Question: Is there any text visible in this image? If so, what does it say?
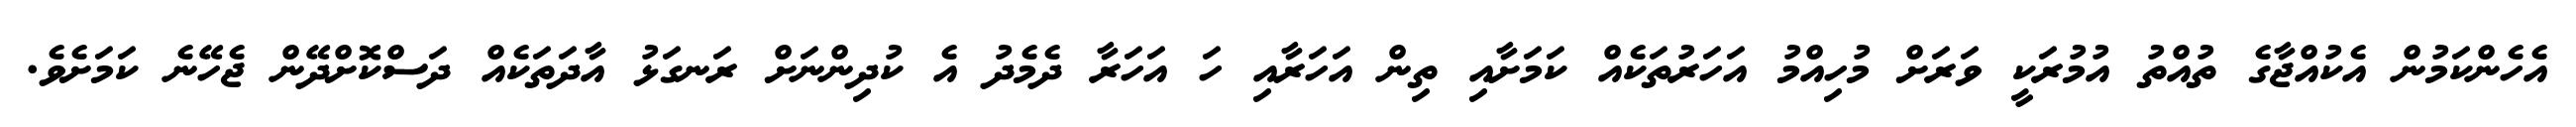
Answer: އެހެންކަމުން އެކުއްޖާގެ ތުއްތު އުމުރަކީ ވަރަށް މުހިއްމު އަހަރުތަކެއް ކަމަށާއި ތިން އަހަރާއި ހަ އަހަރާ ދެމެދު އެ ކުދިންނަށް ރަނގަޅު އާދަތަކެއް ދަސްކޮށްދޭން ޖެހޭނެ ކަމަށެވެ.